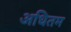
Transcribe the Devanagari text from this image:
अधितम